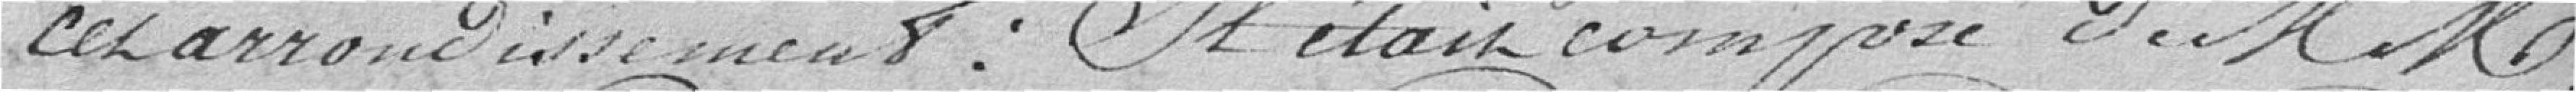
cet arrondissement : Il était composé de Mrs